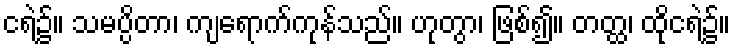
ငရဲ၌။ သမပ္ပိတာ၊ ကျရောက်ကုန်သည်။ ဟုတွာ၊ ဖြစ်၍။ တတ္ထ၊ ထိုငရဲ၌။